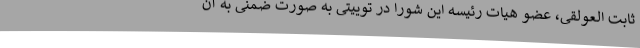
ثابت العولقی، عضو هیات رئیسه این شورا در توییتی به صورت ضمنی به آن